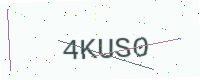
Text: 4KUS0